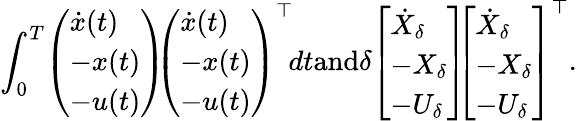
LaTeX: \int_{0}^{T}\! \left(\begin{array}{l}{\dot{x}(t)}\\ {-x(t)}\\ {-u(t)}\end{array}\right)\! \! \left(\begin{array}{l}{\dot{x}(t)}\\ {-x(t)}\\ {-u(t)}\end{array}\right)^{\top}\! dt\textrm{and}\delta\! \left[\begin{array}{l}{\dot{X}_{\delta}}\\ {-X_{\delta}}\\ {-U_{\delta}}\end{array}\right]\! \! \left[\begin{array}{l}{\dot{X}_{\delta}}\\ {-X_{\delta}}\\ {-U_{\delta}}\end{array}\right]^{\top}.